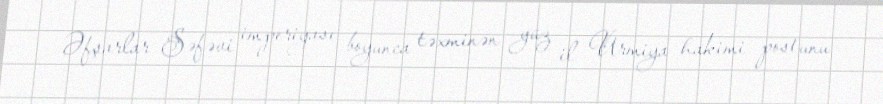
Əfşarlar Səfəvi imperiyası boyunca təxminən yüz il Urmiya hakimi postunu